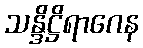
သန္ဒိဋ္ဌိရာဂေန